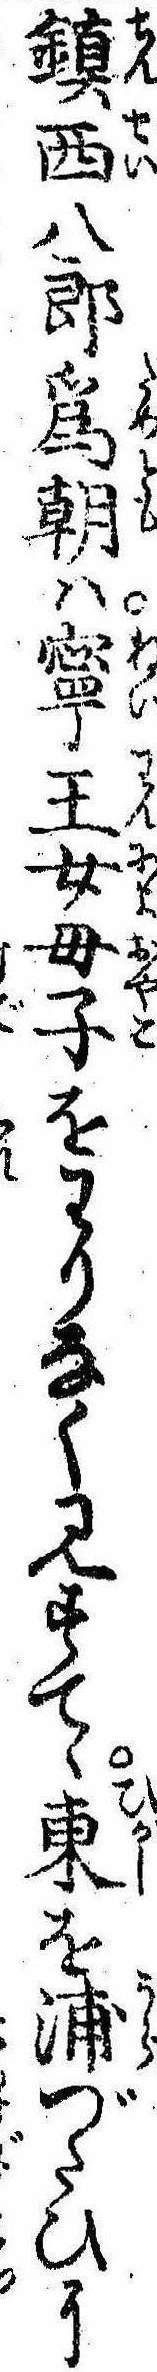
鎮西八郎為朝は寧王女母子をわりなく見すてゝ東を浦づたひに